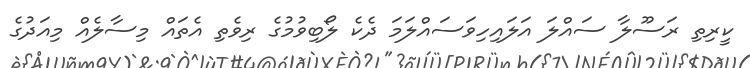
ކީރިތި ރަސޫލާ ސައްލަ އަލައިހިވަސައްލަމަ ދެކެ ލޯބިވުމުގެ ރިވެތި އެތައް މިސާލެއް މިއަދުގެ